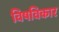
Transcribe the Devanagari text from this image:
विषविकार